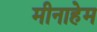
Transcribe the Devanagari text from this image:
मीनाहेम